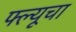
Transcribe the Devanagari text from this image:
फ्ल्यूचा